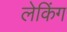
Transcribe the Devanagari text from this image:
लेकिंग